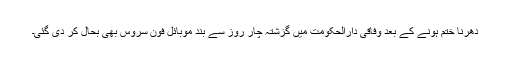
دھرنا ختم ہونے کے بعد وفاقی دارالحکومت میں گزشتہ چار روز سے بند موبائل فون سروس بھی بحال کر دی گئی۔